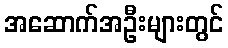
အဆောက်အဦးများတွင်